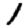
Digit: 1